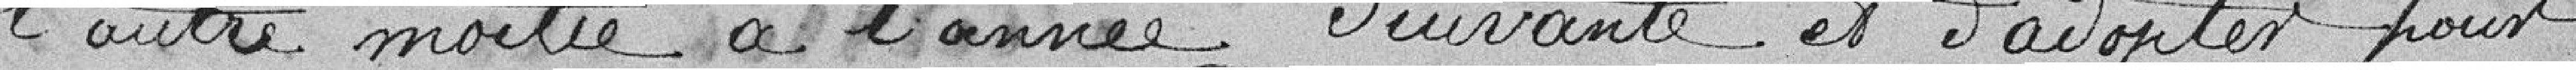
l'autre moitié à l'année Suivante et d'adopter pour